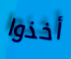
أخذوا